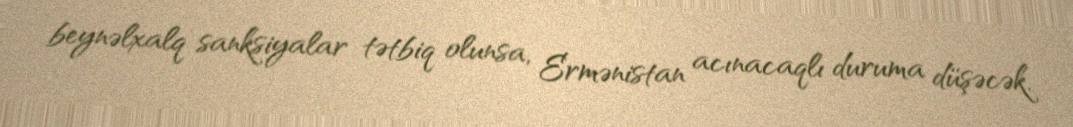
beynəlxalq sanksiyalar tətbiq olunsa, Ermənistan acınacaqlı duruma düşəcək.